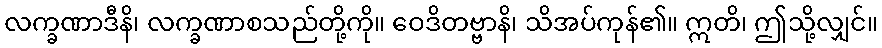
လက္ခဏာဒီနိ၊ လက္ခဏာစသည်တို့ကို။ ဝေဒိတဗ္ဗာနိ၊ သိအပ်ကုန်၏။ ဣတိ၊ ဤသို့လျှင်။